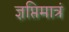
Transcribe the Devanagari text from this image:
ज्ञप्तिमात्रं